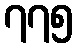
၇၇၅